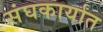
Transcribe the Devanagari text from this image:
संघकार्यात